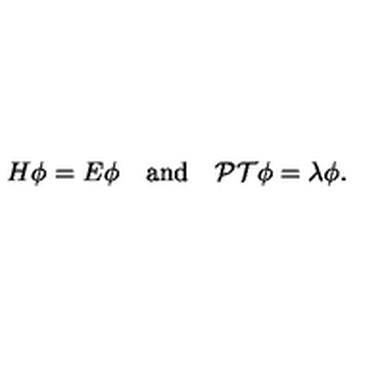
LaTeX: H \phi = E \phi \quad \mathrm { a n d } \quad { \cal P T } \phi = \lambda \phi .